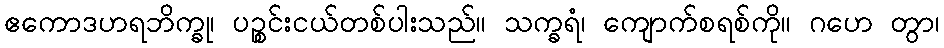
ဧကောဒဟရဘိက္ခု၊ ပဉ္စင်းငယ်တစ်ပါးသည်။ သက္ခရံ၊ ကျောက်စရစ်ကို။ ဂဟေ တွာ၊